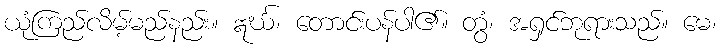
ယုံကြည်လိမ့်မည်နည်း။ ဣင်္ဃ၊ တောင်းပန်ပါ၏။ တွံ၊ အရှင်ဘုရားသည်။ မေ၊